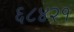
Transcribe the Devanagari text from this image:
६८४२१